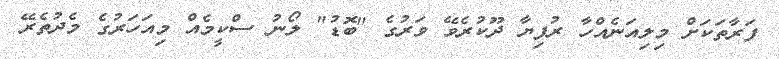
ފަރާތަކަށް މިލިއަނެއްހާ ރުފިޔާ ދޫކުރެވޭ ވަރުގެ "ބޮޑު" ލޯނު ސްކީމެއް މިއަހަރުގެ މެދުތެރޭ